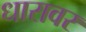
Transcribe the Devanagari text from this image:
धारावर